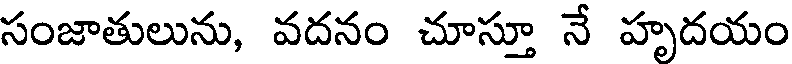
సంజాతులును, వదనం చూస్తూ నే హృదయం